Document type: Sale
Year: 1439
Scribe: Arnau d'Illes
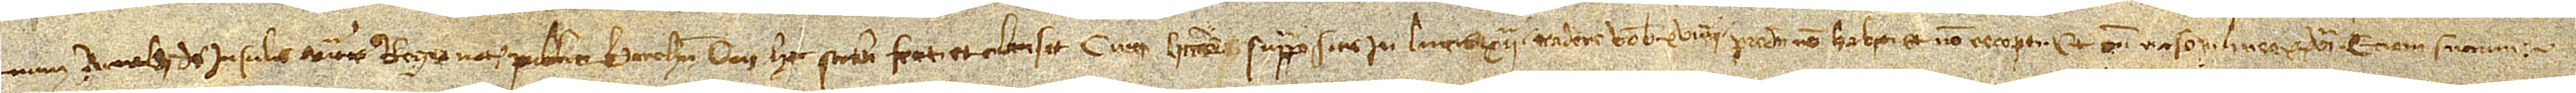
num Arnaldi de Insulis, auctoritate regia notarii publici Barchinone, qui hec scribi fecit et clausit cum litteris suprapositis in linea XIIª, “tradere vobis”, et XVIIIIª, “predicti non habiti et non recepti”, et cum raso in linea XXVIª, “etiam succum”.